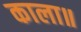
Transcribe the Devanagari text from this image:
काला॥